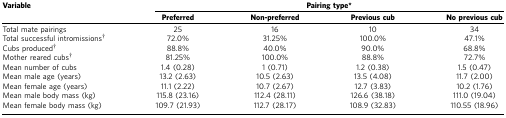
<table><thead><tr><td><b>Variable</b></td><td colspan="4"><b>Pairing type*</b></td></tr><tr><td>[EMPTY_CELL]</td><td><b>Preferred</b></td><td><b>Non-preferred</b></td><td><b>Previous cub</b></td><td><b>No previous cub</b></td></tr></thead><tbody><tr><td>Total mate pairings</td><td>25</td><td>16</td><td>10</td><td>34</td></tr><tr><td>Total successful intromissions†</td><td>72.0%</td><td>31.25%</td><td>100.0%</td><td>47.1%</td></tr><tr><td>Cubs produced†</td><td>88.8%</td><td>40.0%</td><td>90.0%</td><td>68.8%</td></tr><tr><td>Mother reared cubs†</td><td>81.25%</td><td>100.0%</td><td>88.8%</td><td>72.7%</td></tr><tr><td>Mean number of cubs</td><td>1.4 (0.28)</td><td>1 (0.71)</td><td>1.2 (0.38)</td><td>1.5 (0.47)</td></tr><tr><td>Mean male age (years)</td><td>13.2 (2.63)</td><td>10.5 (2.63)</td><td>13.5 (4.08)</td><td>11.7 (2.00)</td></tr><tr><td>Mean female age (years)</td><td>11.1 (2.22)</td><td>10.7 (2.67)</td><td>12.7 (3.83)</td><td>10.2 (1.76)</td></tr><tr><td>Mean male body mass (kg)</td><td>115.8 (23.16)</td><td>112.4 (28.11)</td><td>126.6 (38.18)</td><td>111.0 (19.04)</td></tr><tr><td>Mean female body mass (kg)</td><td>109.7 (21.93)</td><td>112.7 (28.17)</td><td>108.9 (32.83)</td><td>110.55 (18.96)</td></tr></tbody></table>